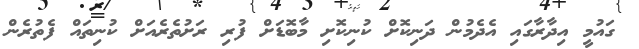
ގައުމީ އިދާރާގައި އެދެމުން ދަނިކޮށް ކުނިކޮށި މާބޮޑަށް ފުރި ރަށުތެރެއަށް ކުނިތައް ފެތުރެން